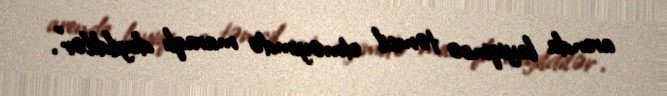
arenda layiqincə təmsil etməyimdə maraqlı deyildilər”.